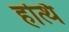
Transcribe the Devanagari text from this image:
हत्थि